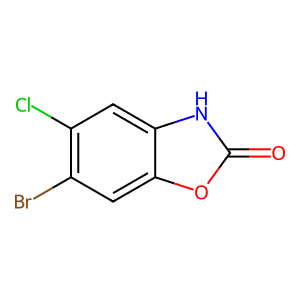
SMILES: O=c1[nH]c2cc(Cl)c(Br)cc2o1
Inhibits HIV replication: Yes